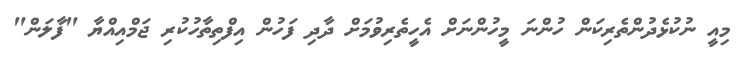
މިއީ ނުކުޅެދުންތެރިކަން ހުންނަ މީހުންނަށް އެހީތެރިވުމަށް ދާދި ފަހުން އިފްތިތާހުކުރި ޖަމްއިއްޔާ "ފާލަން"